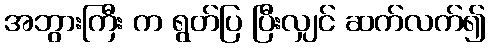
အဘွားကြီး က ရွတ်ပြ ပြီးလျှင် ဆက်လက်၍